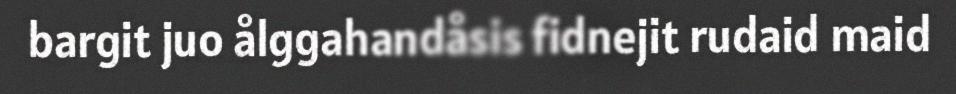
bargit juo ålggahandåsis fidnejit rudaid maid